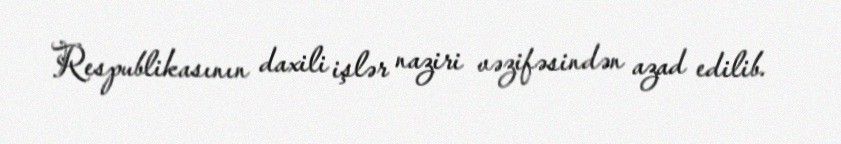
Respublikasının daxili işlər naziri vəzifəsindən azad edilib.